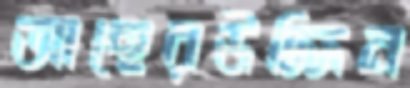
আছেরউদ্দিন